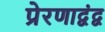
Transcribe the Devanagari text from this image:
प्रेरणाद्वंद्व